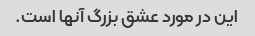
این در مورد عشق بزرگ آنها است.